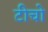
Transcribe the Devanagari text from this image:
टीचो